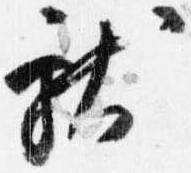
献